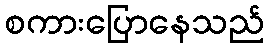
စကားပြောနေသည်